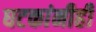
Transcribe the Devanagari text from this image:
घटकांनीही